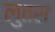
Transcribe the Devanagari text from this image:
लुतरा